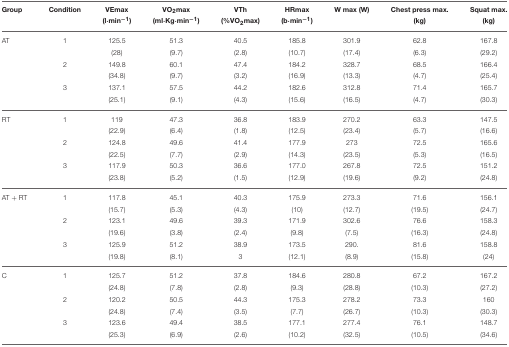
<table><thead><tr><td><b>Group</b></td><td><b>Condition</b></td><td><b>VEmax (l·min<sup>−1</sup>)</b></td><td><b>VO<sub>2</sub>max (ml·Kg·min<sup>−1</sup>)</b></td><td><b>VTh (%VO<sub>2</sub>max)</b></td><td><b>HRmax (b·min<sup>−1</sup>)</b></td><td><b>W max (W)</b></td><td><b>Chest press max (kg)</b></td><td><b>Squat max (kg)</b></td></tr></thead><tbody><tr><td>AT</td><td>1</td><td>125.5</td><td>51.3</td><td>40.5</td><td>185.8</td><td>301.9</td><td>62.8</td><td>167.8</td></tr><tr><td></td><td></td><td>(28)</td><td>(9.7)</td><td>(2.8)</td><td>(10.7)</td><td>(17.4)</td><td>(6.3)</td><td>(29.2)</td></tr><tr><td></td><td>2</td><td>149.8</td><td>60.1</td><td>47.4</td><td>184.2</td><td>328.7</td><td>68.5</td><td>166.4</td></tr><tr><td></td><td></td><td>(34.8)</td><td>(9.7)</td><td>(3.2)</td><td>(16.9)</td><td>(13.3)</td><td>(4.7)</td><td>(25.4)</td></tr><tr><td></td><td>3</td><td>137.1</td><td>57.5</td><td>44.2</td><td>182.6</td><td>312.8</td><td>71.4</td><td>165.7</td></tr><tr><td></td><td></td><td>(25.1)</td><td>(9.1)</td><td>(4.3)</td><td>(15.6)</td><td>(16.5)</td><td>(4.7)</td><td>(30.3)</td></tr><tr><td>RT</td><td>1</td><td>119</td><td>47.3</td><td>36.8</td><td>183.9</td><td>270.2</td><td>63.3</td><td>147.5</td></tr><tr><td></td><td></td><td>(22.9)</td><td>(6.4)</td><td>(1.8)</td><td>(12.5)</td><td>(23.4)</td><td>(5.7)</td><td>(16.6)</td></tr><tr><td></td><td>2</td><td>124.8</td><td>49.6</td><td>41.4</td><td>177.9</td><td>273</td><td>72.5</td><td>165.6</td></tr><tr><td></td><td></td><td>(22.5)</td><td>(7.7)</td><td>(2.9)</td><td>(14.3)</td><td>(23.5)</td><td>(5.3)</td><td>(16.5)</td></tr><tr><td></td><td>3</td><td>117.9</td><td>50.3</td><td>36.6</td><td>177.0</td><td>267.8</td><td>72.5</td><td>151.2</td></tr><tr><td></td><td></td><td>(23.8)</td><td>(5.2)</td><td>(1.5)</td><td>(12.9)</td><td>(19.6)</td><td>(9.2)</td><td>(24.8)</td></tr><tr><td>AT + RT</td><td>1</td><td>117.8</td><td>45.1</td><td>40.3</td><td>175.9</td><td>273.3</td><td>71.6</td><td>156.1</td></tr><tr><td></td><td></td><td>(15.7)</td><td>(5.3)</td><td>(4.3)</td><td>(10)</td><td>(12.7)</td><td>(19.5)</td><td>(24.7)</td></tr><tr><td></td><td>2</td><td>123.1</td><td>49.6</td><td>39.3</td><td>171.9</td><td>302.6</td><td>76.6</td><td>158.3</td></tr><tr><td></td><td></td><td>(19.6)</td><td>(3.8)</td><td>(2.4)</td><td>(9.8)</td><td>(7.5)</td><td>(16.3)</td><td>(24.8)</td></tr><tr><td></td><td>3</td><td>125.9</td><td>51.2</td><td>38.9</td><td>173.5</td><td>290.</td><td>81.6</td><td>158.8</td></tr><tr><td></td><td></td><td>(19.8)</td><td>(8.1)</td><td>3</td><td>(12.1)</td><td>(8.9)</td><td>(15.8)</td><td>(24)</td></tr><tr><td>C</td><td>1</td><td>125.7</td><td>51.2</td><td>37.8</td><td>184.6</td><td>280.8</td><td>67.2</td><td>167.2</td></tr><tr><td></td><td></td><td>(24.8)</td><td>(7.8)</td><td>(2.8)</td><td>(9.3)</td><td>(28.8)</td><td>(10.3)</td><td>(27.2)</td></tr><tr><td></td><td>2</td><td>120.2</td><td>50.5</td><td>44.3</td><td>175.3</td><td>278.2</td><td>73.3</td><td>160</td></tr><tr><td></td><td></td><td>(24.8)</td><td>(7.4)</td><td>(3.5)</td><td>(7.7)</td><td>(26.7)</td><td>(10.3)</td><td>(30.3)</td></tr><tr><td></td><td>3</td><td>123.6</td><td>49.4</td><td>38.5</td><td>177.1</td><td>277.4</td><td>76.1</td><td>148.7</td></tr><tr><td></td><td></td><td>(25.3)</td><td>(6.9)</td><td>(2.6)</td><td>(10.2)</td><td>(32.5)</td><td>(10.5)</td><td>(34.6)</td></tr></tbody></table>